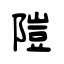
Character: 隑